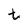
Character: t